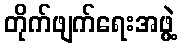
တိုက်ဖျက်ရေးအဖွဲ့